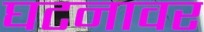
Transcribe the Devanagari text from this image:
घटनावर